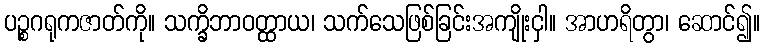
ပဉ္စဂရုကဇာတ်ကို။ သက္ခိဘာဝတ္ထာယ၊ သက်သေဖြစ်ခြင်းအကျိုးငှါ။ အာဟရိတွာ၊ ဆောင်၍။